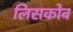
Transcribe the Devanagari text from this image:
लिसकोव